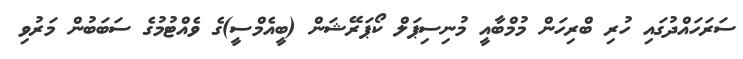
ސަރަހައްދުގައި ހުރި ބްރިހަން މުމްބާއީ މުނިސިޕަލް ކޯޕަރޭޝަން (ބީއެމްސީ)ގެ ވެއްޓުމުގެ ސަބަބުން މަރުވި